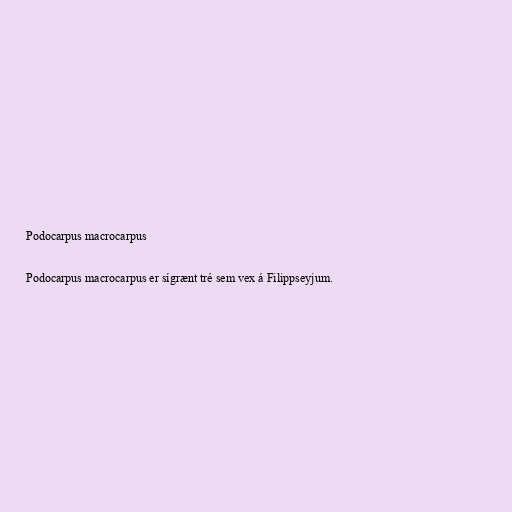
Podocarpus macrocarpus

Podocarpus macrocarpus er sígrænt tré sem vex á Filippseyjum.